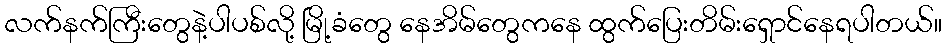
လက်နက်ကြီးတွေနဲ့ပါပစ်လို့ မြို့ခံတွေ နေအိမ်တွေကနေ ထွက်ပြေးတိမ်းရှောင်နေရပါတယ်။